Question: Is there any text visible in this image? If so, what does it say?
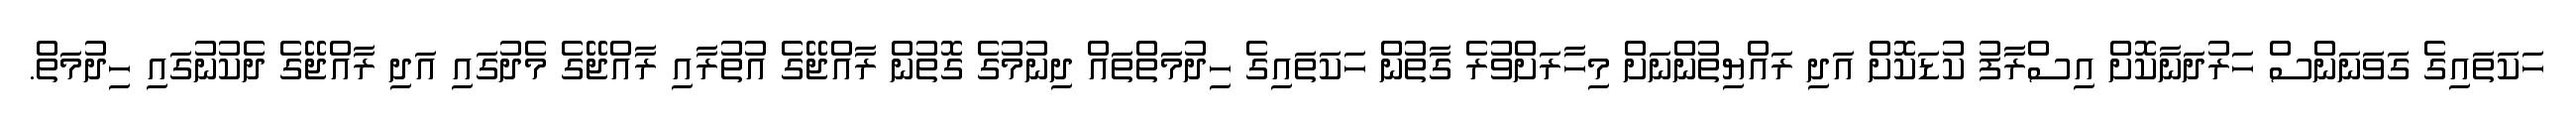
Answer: ހަކަތައިގެ ގަވަނަންސް ހަރުދަނާކޮށް އިސްރާފު ކުޑަކޮށް އަދި ރައްޔިތުންނަށް މިހާރަށްވުރެ ގާތުން ހަކަތައިގެ ހިދުމަތްތައް ދިނުމުގެ ގޮތުން ރާއްޖޭގެ އުތުރާއި ރާއްޖޭގެ މެދުގައި އަދި ރާއްޖޭގެ ދެކުނުގައި ހިދުމަތް.